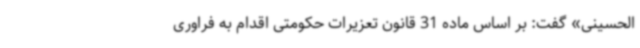
الحسینی» گفت: بر اساس ماده 31 قانون تعزیرات حکومتی اقدام به فراوری